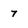
Character: 7